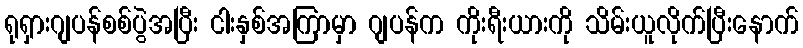
ရုရှားဂျပန်စစ်ပွဲအပြီး ငါးနှစ်အကြာမှာ ဂျပန်က ကိုးရီးယားကို သိမ်းယူလိုက်ပြီးနောက်